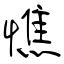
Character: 憔